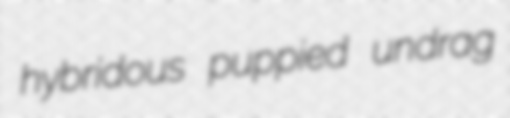
hybridous puppied undrag